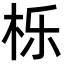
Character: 栎